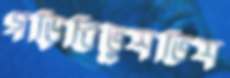
গড়িবিভুশভিশ